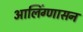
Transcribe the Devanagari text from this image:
आलिंग्णासन